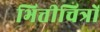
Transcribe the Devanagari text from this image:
भित्तीचित्रों